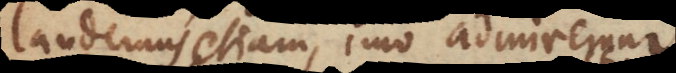
laudemus etiam, imo admiremur;